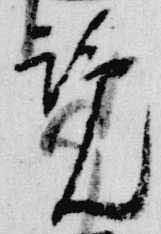
覧